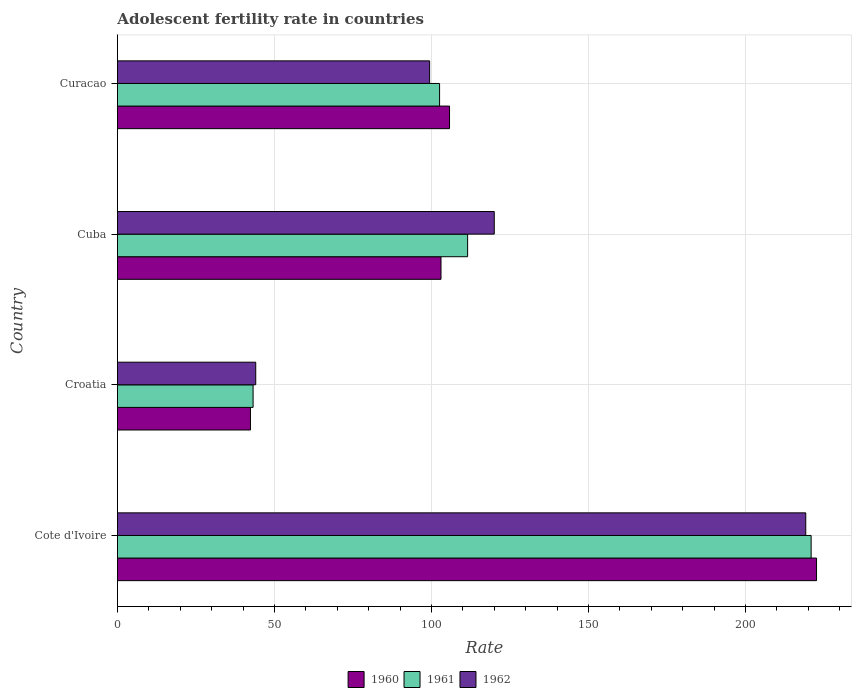
| Country | 1960 | 1961 | 1962 |
 | --- | --- | --- | --- |
 | Cote d'Ivoire | 223 | 221 | 219 |
 | Croatia | 42.4 | 43.2 | 44 |
 | Cuba | 103 | 112 | 120 |
 | Curacao | 106 | 103 | 99.4 |